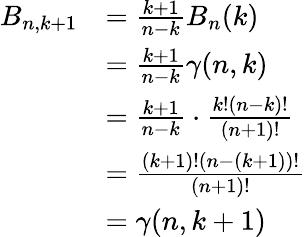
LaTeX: \begin{array}{rl}{B_{n,k+1}}&{=\frac{k+1}{n-k}B_{n}(k)}\\ &{=\frac{k+1}{n-k}\gamma(n,k)}\\ &{=\frac{k+1}{n-k}\cdot\frac{k!(n-k)!}{(n+1)!}}\\ &{=\frac{(k+1)!(n-(k+1))!}{(n+1)!}}\\ &{=\gamma(n,k+1)}\end{array}